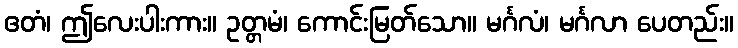
ဧတံ၊ ဤလေးပါးကား။ ဥတ္တမံ၊ ကောင်းမြတ်သော။ မင်္ဂလံ၊ မင်္ဂလာ ပေတည်း။